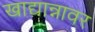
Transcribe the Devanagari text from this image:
खाद्यान्नावर